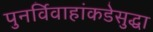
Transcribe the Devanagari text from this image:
पुनर्विवाहांकडेसुद्धा